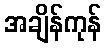
အချိန်ကုန်